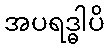
အပရဒ္ဓါပိ